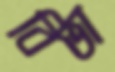
বিভা